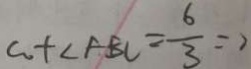
a + \angle A B C = \frac { 6 } { 3 } = 2